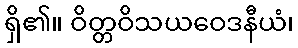
ရှိ၏။ ဝိတ္တဝိသယဝေဒနီယံ၊